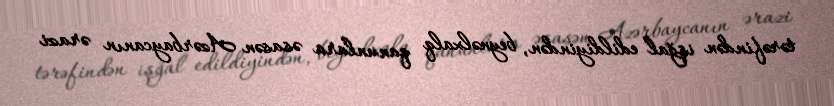
tərəfindən işğal edildiyindən, beynəlxalq qanunlara əsasən Azərbaycanın ərazi